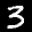
Label: 3